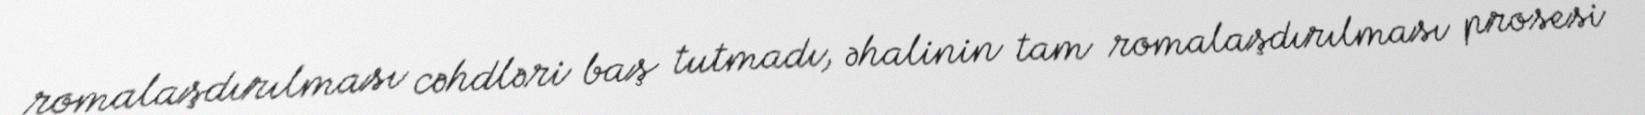
romalaşdırılması cəhdləri baş tutmadı, əhalinin tam romalaşdırılması prosesi